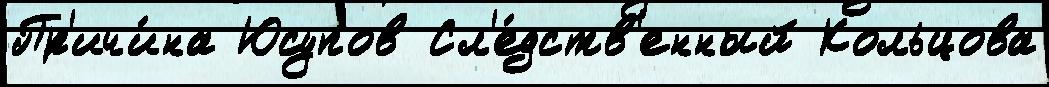
Пр'ичи́на Юсупов Сл'е́дств'енный Кольцова